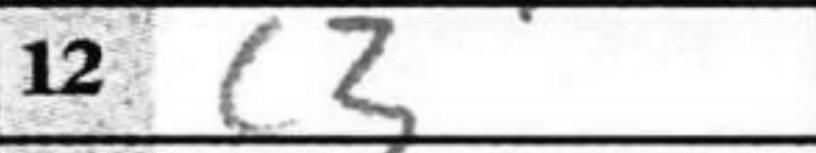
Transcription: c3